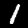
Digit: 1